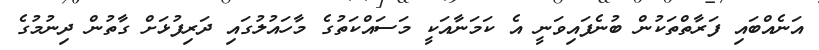
އަނެއްބައި ފަރާތްތަކުން ބުނެފައިވަނީ އެ ކަމަނާއަކީ މަސައްކަތުގެ މާހައުލުގައި ދަރިފުޅަށް ގާތުން ދިނުމުގެ